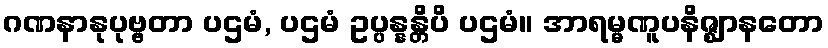
ဂဏနာနုပုဗ္ဗတာ ပဌမံ, ပဌမံ ဥပ္ပန္နန္တိပိ ပဌမံ။ အာရမ္မဏူပနိဇ္ဈာနတော